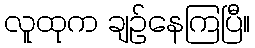
လူထုက ချဉ်နေကြပြီ။